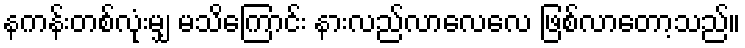
နကန်းတစ်လုံးမျှ မသိကြောင်း နားလည်လာလေလေ ဖြစ်လာတော့သည်။